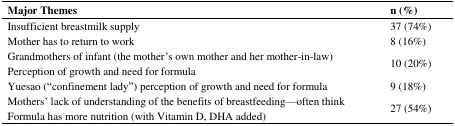
| Major Themes | n (%) |
 | --- | --- |
 | Insufficient breastmilk supply | 37 (74%) |
 | Mother has to return to work | 8 (16%) |
 | Grandmothers of infant (the mother’s own mother and her mother-in-law) Perception of growth and need for formula | 10 (20%) |
 | Yuesao (“confinement lady”) perception of growth and need for formula | 9 (18%) |
 | Mothers’ lack of understanding of the benefits of breastfeeding—often think Formula has more nutrition (with Vitamin D, DHA added) | 27 (54%) |